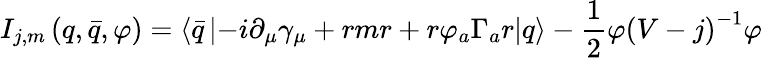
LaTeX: I_{j,m}\left(q,\bar{q},\varphi\right)=\left\langle\bar{q}\left|-i\partial_{\mu}\gamma_{\mu}+rmr+r\varphi_{a}\Gamma_{a}r\right|q\right\rangle-\frac 12\varphi\left(V-j\right)^{-1}\varphi